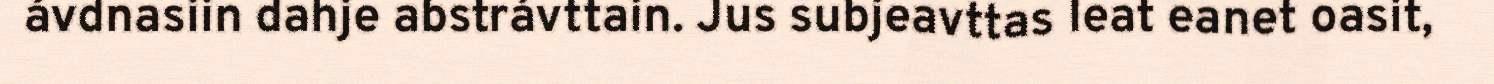
ávdnasiin dahje abstrávttain. Jus subjeavttas leat eanet oasit,